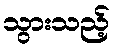
သွားသည့်